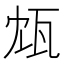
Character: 瓭